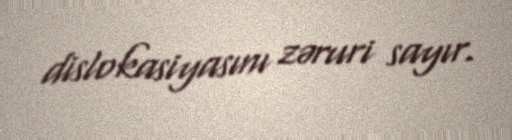
dislokasiyasını zəruri sayır.